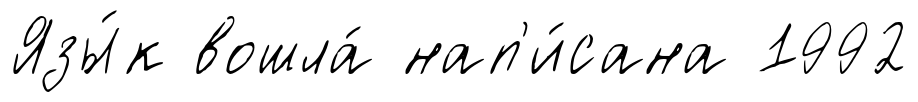
Язы́к вошла́ нап'и́сана 1992